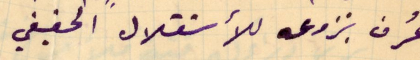
عُرف بنزوعه للاستقلال الحقيقي